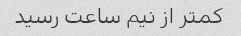
کمتر از نیم ساعت رسید